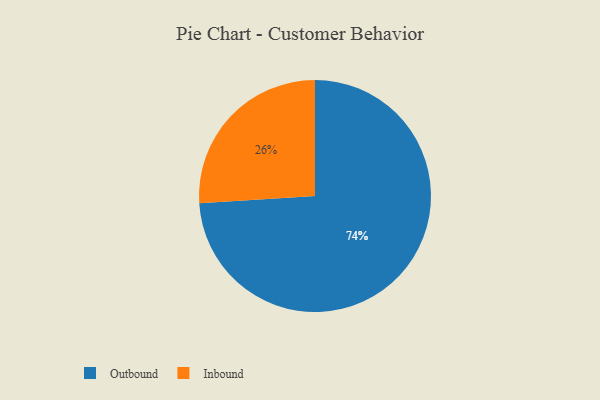
{"axis": {"x": "Category", "y": "Percentage"}, "legend": ["Inbound", "Outbound"], "data": [{"x": "Outbound", "y": 74, "type": "Outbound"}, {"x": "Inbound", "y": 26, "type": "Inbound"}]}